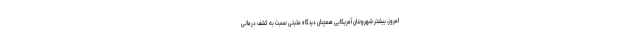
امروز، بیشتر شهروندان آمریکایی همچنان دیدگاه مثبتی نسبت به کشف درمانی